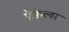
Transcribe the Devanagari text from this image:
प्रेक्वेल्स